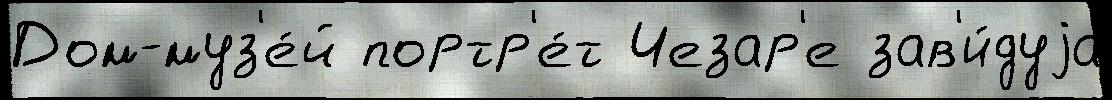
Дом-муз'е́й портр'е́т Чезар'е зав'и́дуjа